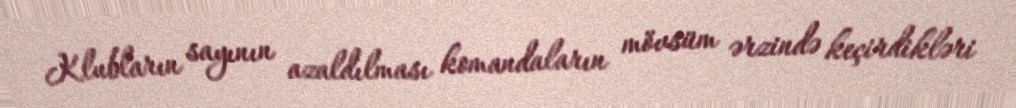
Klubların sayının azaldılması komandaların mövsüm ərzində keçirdikləri